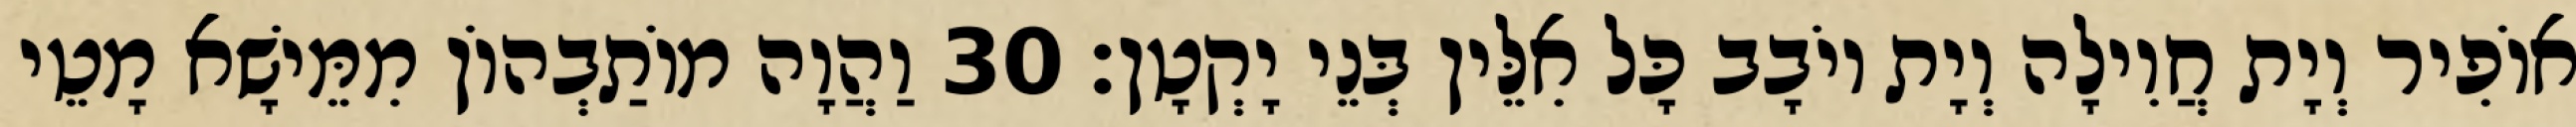
אוֹפִיר וְיָת חֲוִילָה וְיָת יוֹבָב כָּל אִלֵּין בְּנֵי יָקְטָן׃ 30 וַהֲוָה מוֹתַבְהוֹן מִמֵּישָׁא מָטֵי